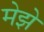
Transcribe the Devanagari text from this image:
मेझे